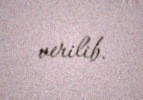
verilib.